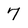
Character: 7